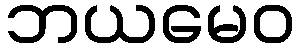
ဘယမေဝ